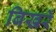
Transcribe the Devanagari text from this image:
बिखरें